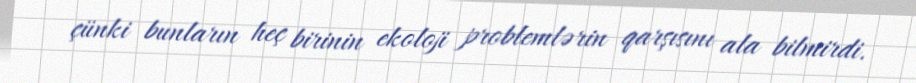
çünki bunların heç birinin ekoloji problemlərin qarşısını ala bilmirdi.